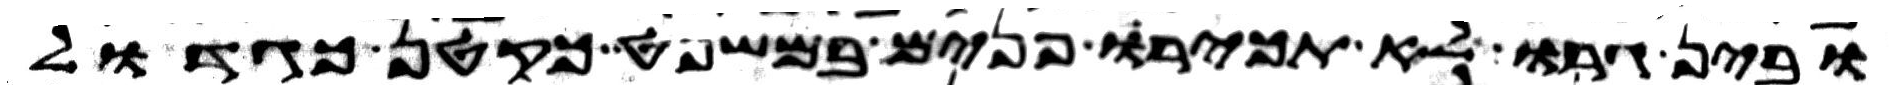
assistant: ובין גרו לא תכירו פנים במשפט כקטן כגדול